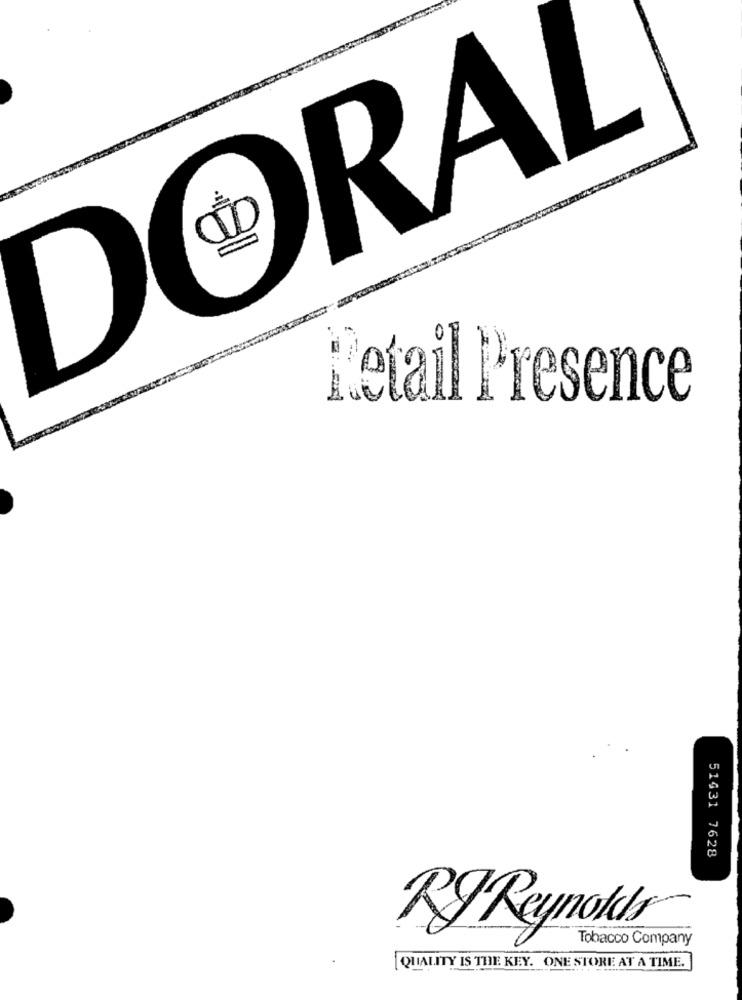
DORAL
Retail Presence
51431 7628
RJ Reynolds
Tobacco Company
QUALITY IS THE KEY. ONE STORE AT A TIME.